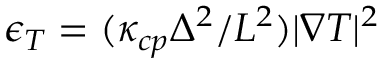
\epsilon _ { T } = ( \kappa _ { c p } \Delta ^ { 2 } / L ^ { 2 } ) | \nabla T | ^ { 2 }